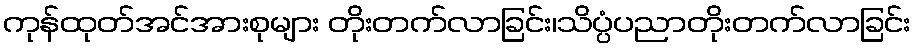
ကုန်ထုတ်အင်အားစုများ တိုးတက်လာခြင်း၊သိပ္ပံပညာတိုးတက်လာခြင်း